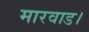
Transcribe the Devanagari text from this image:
मारवाड।